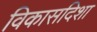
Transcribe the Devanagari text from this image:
विकासदिशा